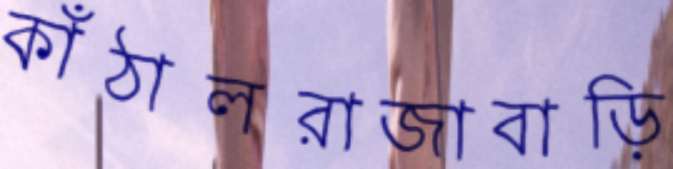
কাঁঠালরাজাবাড়ি